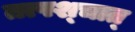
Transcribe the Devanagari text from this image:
तत्पश्‍चात्